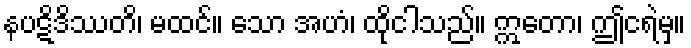
နပဋိဒိဿတိ၊ မထင်။ သော အဟံ၊ ထိုငါသည်။ ဣတော၊ ဤငရဲမှ။